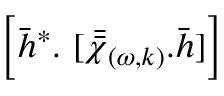
\Big [ \bar { h } ^ { * } . ~ [ \bar { \bar { \chi } } _ { ( \omega , k ) } . \bar { h } ] \Big ]